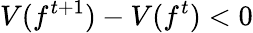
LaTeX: V(f^{t+1})-V(f^{t})<0